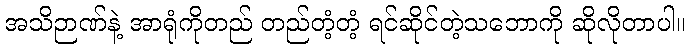
အသိဉာဏ်နဲ့ အာရုံကိုတည် တည်တံ့တံ့ ရင်ဆိုင်တဲ့သဘောကို ဆိုလိုတာပါ။